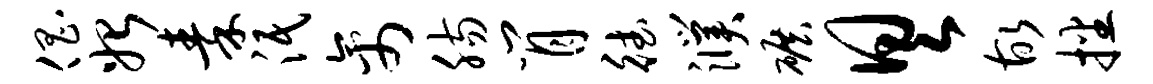
倡始秦泯禽肠肖德濮碾具故播